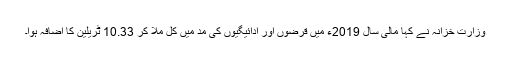
وزارتِ خزانہ نے کہا مالی سال 2019ء میں قرضوں اور ادائیگیوں کی مد میں کل ملا کر 10.33 ٹریلین کا اضافہ ہوا۔